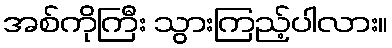
အစ်ကိုကြီး သွားကြည့်ပါလား။